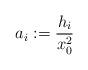
LaTeX: \begin{align*} a_i:=\frac{h_i}{x_0^2}\end{align*}